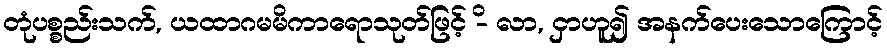
တုံပစ္စည်းသက်, ယထာဂမမိကာရောသုတ်ဖြင့် -ိ လာ, ငှာဟူ၍ အနက်ပေးသောကြောင့်